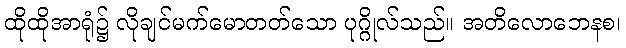
ထိုထိုအာရုံ၌ လိုချင်မက်မောတတ်သော ပုဂ္ဂိုလ်သည်။ အတိလောဘေနစ၊